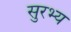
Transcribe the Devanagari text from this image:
सुरभ्य